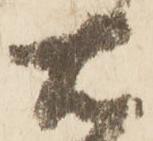
右